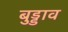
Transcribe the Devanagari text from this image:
बुड्डाव